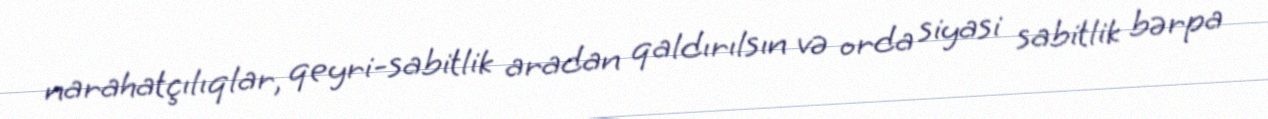
narahatçılıqlar, qeyri-sabitlik aradan qaldırılsın və orda siyasi sabitlik bərpa